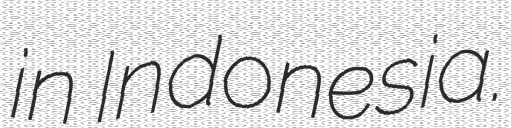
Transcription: in Indonesia.